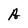
Character: A